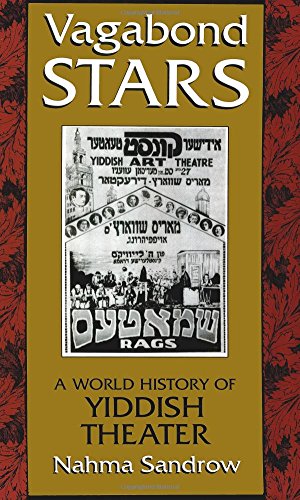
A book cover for Vagabond Stars: A World of Yiddish Theater (Judaic Traditions in Literature, Music, and Art); Nahma Sandrow; Literature & Fiction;